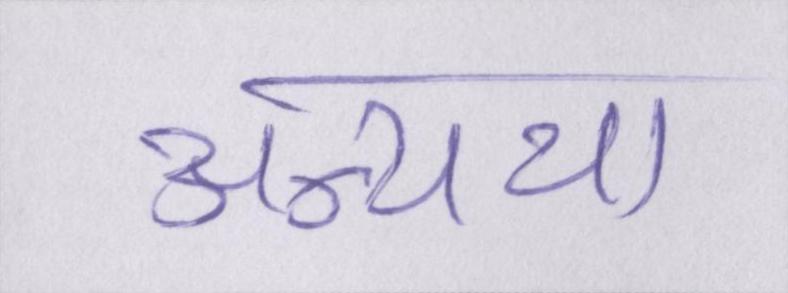
अन्यथा